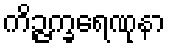
ကိဉ္ဇက္ခရေဏုနာ